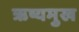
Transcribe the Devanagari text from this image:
ऋष्यमुख